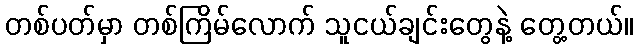
တစ်ပတ်မှာ တစ်ကြိမ်လောက် သူငယ်ချင်းတွေနဲ့ တွေ့တယ်။